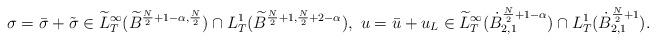
LaTeX: \begin{align*} \sigma = \bar{\sigma} + \tilde{\sigma} \in \widetilde{L}^{\infty}_{T}(\widetilde{B}^{\frac{N}{2}+1 -\alpha,\frac{N}{2}}) \cap L^1_T(\widetilde{B}^{\frac{N}{2}+1,\frac{N}{2}+2-\alpha}) ,\ u = \bar{u} + u_L \in \widetilde{L}^{\infty}_{T}(\dot{B}^{\frac{N}{2}+1-\alpha}_{2,1}) \cap L^1_{T}(\dot{B}^{\frac{N}{2}+1}_{2,1}).\end{align*}